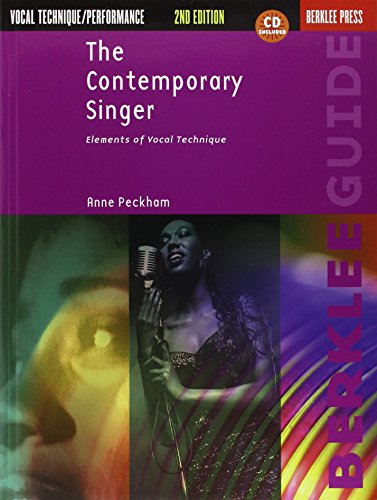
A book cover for The Contemporary Singer: Elements of Vocal Technique (Berklee Guide); Anne Peckham; Humor & Entertainment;